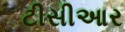
ટીસીઆર